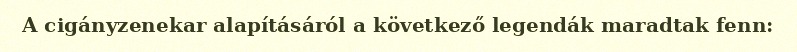
A cigányzenekar alapításáról a következő legendák maradtak fenn: